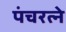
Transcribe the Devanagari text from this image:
पंचरत्‍ने